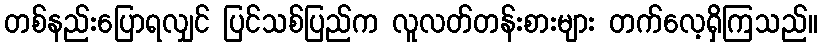
တစ်နည်းပြောရလျှင် ပြင်သစ်ပြည်က လူလတ်တန်းစားများ တက်လေ့ရှိကြသည်။